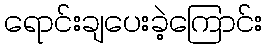
ရောင်းချပေးခဲ့ကြောင်း